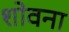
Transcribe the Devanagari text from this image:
शोवना